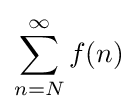
\sum _{n=N}^{\infty }f(n)